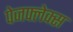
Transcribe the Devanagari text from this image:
पेजफ्लेक्स